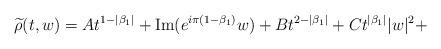
LaTeX: \begin{align*} \widetilde{\rho}(t,w) = A t^{1-|\beta_1|} + {\rm Im}(e^{i\pi (1-\beta_1)} w) + B t^{2-|\beta_1|} + C t^{|\beta_1|}|w|^2+\end{align*}